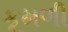
કૂમળી